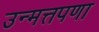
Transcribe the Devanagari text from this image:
उन्मत्तपणा